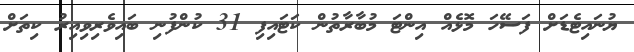
ޔުނައިޓެޑަށް ފަސޭހަ މޮޅެއް އިންޓަ މުބާރާތުން ކަޓައިފި 31 ކުންފުނި ބައިވެރިވިއިރު ކިތަށް